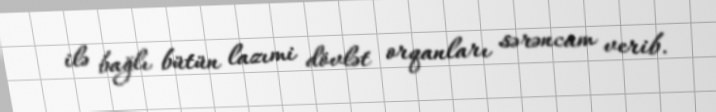
ilə bağlı bütün lazımi dövlət orqanları sərəncam verib.